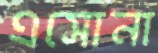
এসোনা